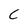
Character: c